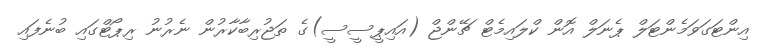
އިންޓަގަވަމެންޓަލް ޕެނަލް އޮން ކްލައިމެޓް ޗޭންޖް (އައިޕީސީސީ)ގެ ތަޖުރިބާކާރުން ނެރުނު ރިޕޯޓްގައި ބުނެފައި